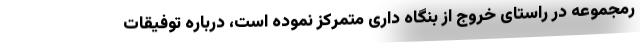
رمجموعه در راستای خروج از بنگاه داری متمرکز نموده است، درباره توفیقات